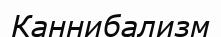
Каннибализм